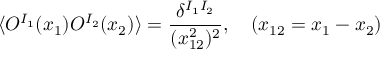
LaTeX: \langle O ^ { I _ { 1 } } ( x _ { 1 } ) O ^ { I _ { 2 } } ( x _ { 2 } ) \rangle = \frac { \delta ^ { I _ { 1 } I _ { 2 } } } { ( x _ { 1 2 } ^ { 2 } ) ^ { 2 } } , \quad ( x _ { 1 2 } = x _ { 1 } - x _ { 2 } )